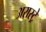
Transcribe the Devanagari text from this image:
अरास्ट्रे